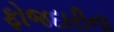
ફોજદારીના